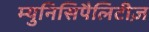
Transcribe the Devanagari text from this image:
म्युनिसिपैलिटीज़